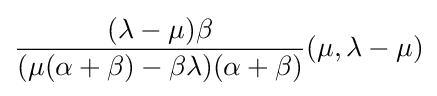
{\frac {(\lambda -\mu )\beta }{(\mu (\alpha +\beta )-\beta \lambda )(\alpha +\beta )}}(\mu ,\lambda -\mu )